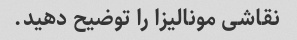
نقاشی مونالیزا را توضیح دهید.